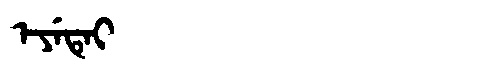
Manchu: ᡝᠶᡝᡨᡝᡳ
Romanization: EYETEI